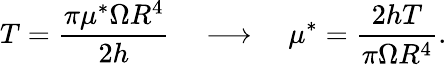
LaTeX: T=\frac{\pi\mu^{*}\Omega R^{4}}{2h}~~~~\longrightarrow~~~~\mu^{*}=\frac{2hT}{\pi\Omega R^{4}}.